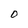
Character: O